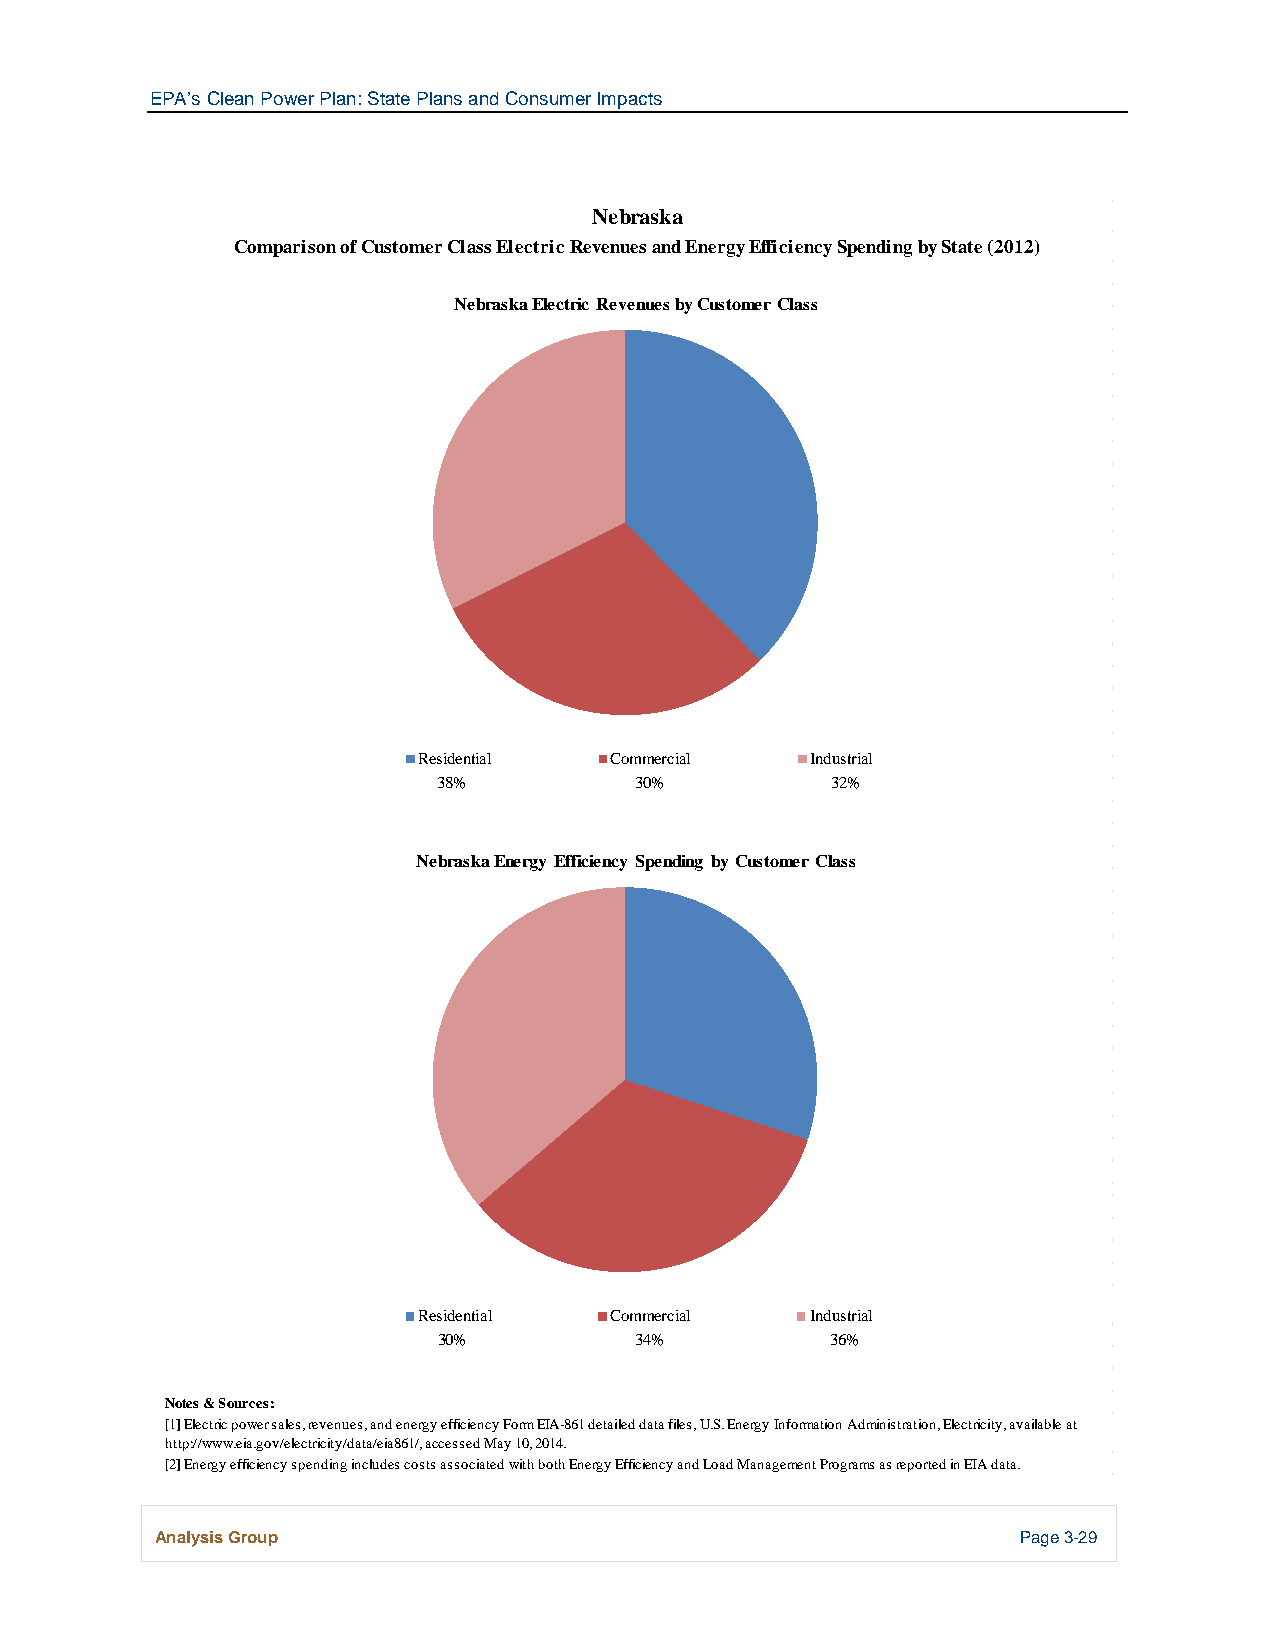
EPA’s Clean Power Plan: State Plans and Consumer Impacts
 Nebraska
 Comparison of Customer Class Electric Revenues and Energy Efficiency Spending by State (2012)
 Nebraska Electric Revenues by Customer Class
 Residential Commercial    Industrial
 38%          30%          32%
 Nebraska Energy Efficiency Spending by Customer Class
 Residential Commercial    Industrial
 30%          34%          36%
 Notes & Sources:
 [1] Electric power sales, revenues, and energy efficiency Form EIA-861 detailed data files, U.S. Energy Information Administration, Electricity, available at
 http://www.eia.gov/electricity/data/eia861/, accessed May 10, 2014.
 [2] Energy efficiency spending includes costs associated with both Energy Efficiency and Load Management Programs as reported in EIA data.
 Analysis Group                                            Page 3-29